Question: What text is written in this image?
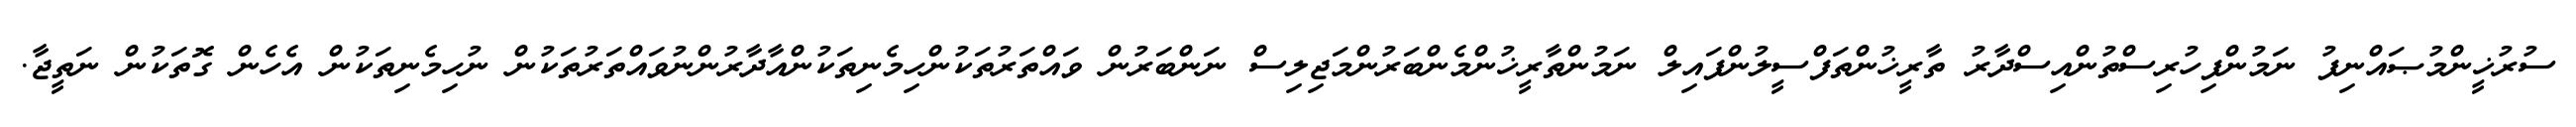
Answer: ސުރުޚީންމުޞައްނިފު ނަމުންފިހުރިސްތުންއިސްދާރު ތާރީޚުންތަފްސީލުންފައިލް ނަމުންތާރީޚުންމެންބަރުންމަޖިލިސް ނަންބަރުން ވައްތަރުތަކުންހިމެނިތަކުންއާދާރުންނުވައްތަރުތަކުން ނުހިމެނިތަކުން އެހެން ގޮތަކުން ނަތީޖާ.